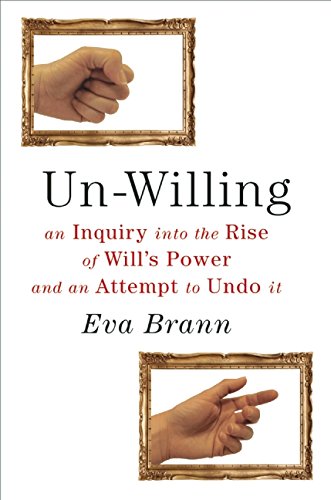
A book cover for Un-Willing: An Inquiry into the Rise of WillEEs Power and an Attempt to Undo It; Eva Brann; Politics & Social Sciences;